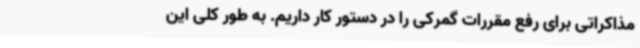
مذاکراتی برای رفع مقررات گمرکی را در دستور کار داریم. به طور کلی این